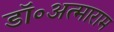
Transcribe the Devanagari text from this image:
डॉ॰अत्माराम